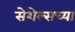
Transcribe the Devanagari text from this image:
सेशेल्सच्या